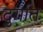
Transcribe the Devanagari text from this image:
दुर्गात